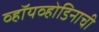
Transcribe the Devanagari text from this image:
व्हॉयव्होडिनाची